system: You are a helpful assistant.
user:
Analyze the provided spectrum to determine if it is a **M-type Giant (gM)**.

A M-type Giant spectrum is defined by its **strong molecular absorption** features, particularly from **Titanium Oxide (TiO)**. You must check for one of the following mutually exclusive signatures:

- **Key Visual Indicators (Absorption-Dominated Spectrum):**

    - **(Primary):** The spectrum is dominated by strong molecular absorption from **Titanium Oxide (TiO)**. This is the **defining feature** of its M-type temperature class.
        - **(Key Bandheads):** Look for sharp, "saw-tooth" absorption valleys. The strongest are located near **~7050 Å**, **~6160 Å**, and **~5170 Å**.
        - **(Line Profile):** The "saw-tooth" morphology is critical: a **sharp, steep drop on the BLUE (short-wavelength) side** of the bandhead, followed by a gradual recovery (rising flux) towards the RED (long-wavelength) side.

    - **(Key Confirmation - Giant vs. Dwarf):** **ABSENCE** of strong **Calcium Hydride (CaH)** molecular bands. This is the primary diagnostic for *excluding* M-dwarfs.
        - **(Key Region):** The spectrum should lack the strong, broad absorption band seen in dwarfs between **~6800 Å and ~7000 Å**.

    - **(Secondary Confirmation - Giant):** A very strong and broad **Neutral Calcium (Ca I)** atomic absorption line.
        - **(Key Line):** Located at **~4226 Å**. In a giant (gM), this line is significantly deeper and broader than the same line in an M-dwarf (dM) due to low surface gravity.

    - **(Overall Spectrum):**
        - The continuum is **extremely red-sloping** (i.e., flux is very low in the blue and rises dramatically towards the red).
        - The entire spectrum appears "chopped up" by the deep TiO bands.

Think first, call **spectral_visualization_tool** if needed to examine features in detail, then provide your final answer. Your response must adhere to the following strict rules:
1.  **Overall Structure:** Your response must follow the format `<think>...</think> <tool_call>...</tool_call> (if a tool is used) <answer>...</answer>`.
2.  **Tool Usage Constraint:** You may only make **one** tool call per turn.
3.  **Final Answer Format:** In the `<answer>` tag, your conclusion must be inside a `\boxed{}` command (e.g., `\boxed{YES}` or `\boxed{NO}`), followed by your justification.

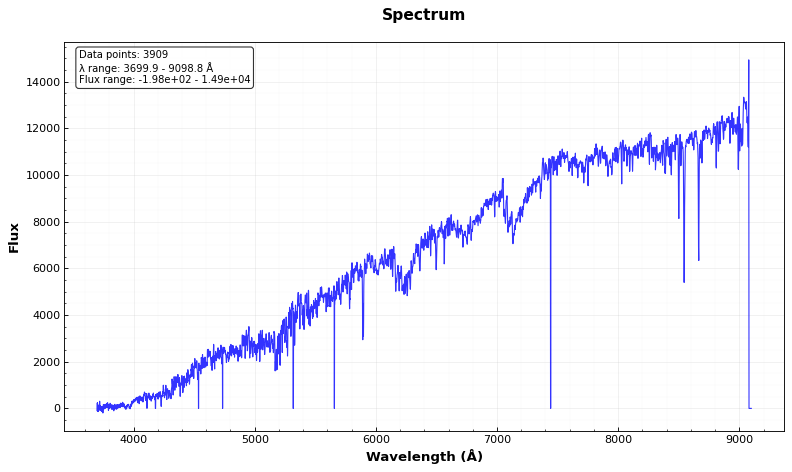
Answer: YES